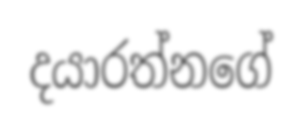
දයාරත්නගේ